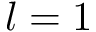
l = 1